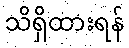
သိရှိထားရန်